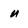
Character: u